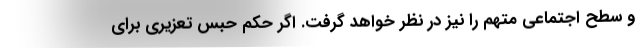
و سطح اجتماعی متهم را نیز در نظر خواهد گرفت. اگر حکم حبس تعزیری برای